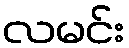
လမင်း